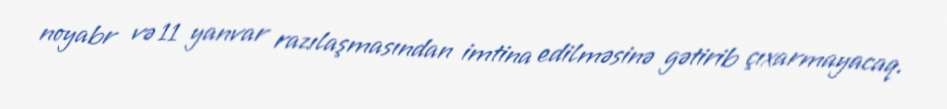
noyabr və 11 yanvar razılaşmasından imtina edilməsinə gətirib çıxarmayacaq.